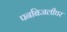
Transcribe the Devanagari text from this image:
पनबिजलीघर